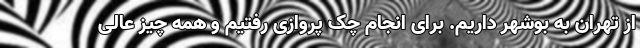
از تهران به بوشهر داریم. برای انجام چک پروازی رفتیم و همه چیز عالی